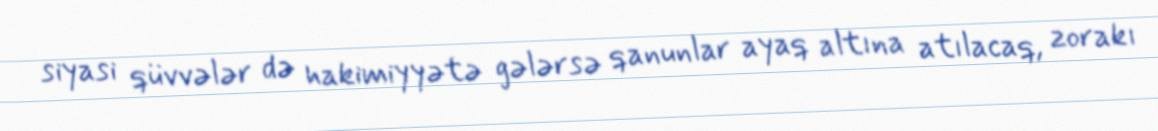
siyasi qüvvələr də hakimiyyətə gələrsə qanunlar ayaq altına atılacaq, zorakı